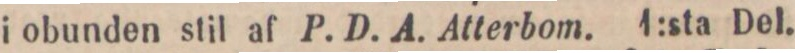
i obunden stil af P. D. A. Atterbom. 1:sta Del.